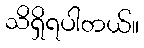
သိရှိရပါတယ်။